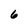
Character: 6